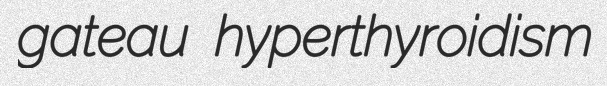
gateau hyperthyroidism